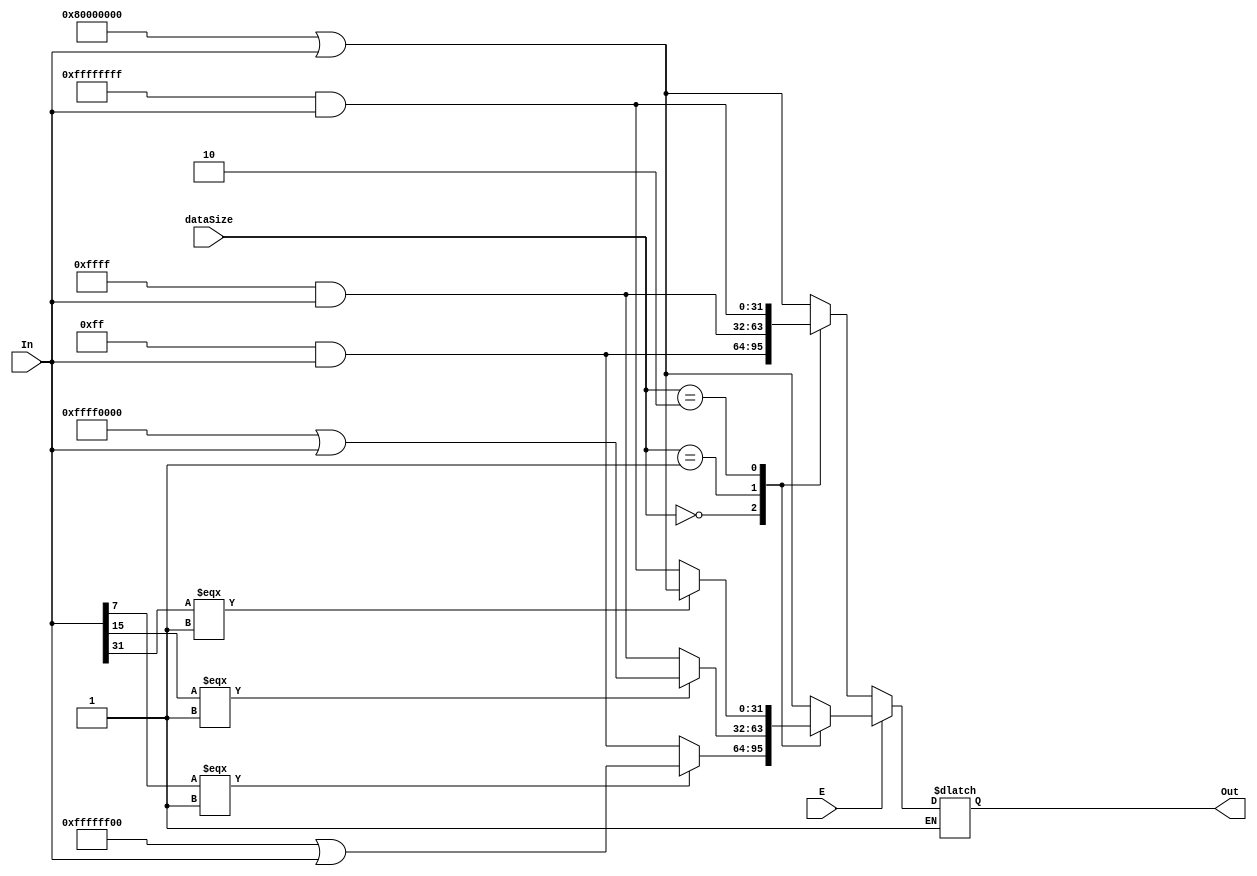
///////////////////////
//Sign Extension Module
///////////////////////
module sign_extension 
(	
	output reg [31:0] Out, 
	input [31:0] In, 
	input [1:0] dataSize, 
	input E
);
// Out - Inata Output
// In- Inata at input
//Inata size determines the type of extension
// 00 - Byte
// 01 - Half word
// 10 - word
// 11 - double word
// E - Enable
// CLR - Clear
	parameter BYTE = 2'b00;
	parameter HALF = 2'b01;
	parameter WORIn = 2'b10;
always @ (*)

if (E) 
  case(dataSize)
				BYTE:
						if(In[7] === 1'b1)
						begin
						Out = 32'h000000FF & In;
						Out = 32'hFFFFFF00 | In;	
						end
						else 
						begin
						Out = 32'h000000FF & In;
						//In = 32'hFFFFFFF0 | In;	
						end
				HALF:
						if(In[15] === 1'b1)
						begin
						Out = 32'h0000FFFF & In;
						Out = 32'hFFFF0000 | In;	
						end
						else 
						begin
						Out = 32'h0000FFFF & In;
						//In = 32'hFFFFFFF0 | In;	
						end
				WORIn:
						if(In[31] === 1'b1)
						begin
						Out = 32'hFFFFFFFF & In;
						Out = 32'h80000000 | In;	
						end
						else 
						begin
						Out = 32'hFFFFFFFF & In;//Out = 32'h000000FF & In;
						//In = 32'hFFFFFFF0 | In;	
						end
				default:
						Out<=32'h80000000 |In; 
	endcase
   

else if (!E) 
begin
   case(dataSize)
				BYTE:  Out = 32'h000000FF & In;
				HALF:  Out = 32'h0000FFFF & In;	
				WORIn: Out = 32'hFFFFFFFF & In;	
				default:
						Out<=32'h80000000 |In; 
	endcase
end

endmodule